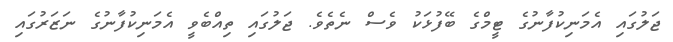
ޖަލުގައި އެމަނިކުފާނުގެ ޓީމްގެ ބޭފުޅަކު ވެސް ނެތެވެ. ޖަލުގައި ތިއްބެވީ އެމަނިކުފާނުގެ ނަޒަރުގައި